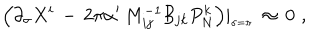
\Big ( \partial _ { \sigma } X ^ { i } \, - \, 2 \pi \alpha ^ { \prime } \, M _ { i j } ^ { - 1 } { \cal B } _ { j k } P _ { N } ^ { k } \Big ) \vert _ { _ { \sigma = \pi } } \, \approx \, 0 \, \, ,